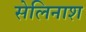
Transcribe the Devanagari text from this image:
सेलिनाश